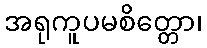
အရုကူပမစိတ္တော၊